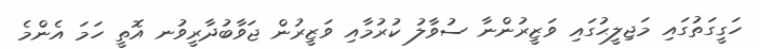
ހަގީގަތުގައި މަޖިލީޙުގައި ވަޒީރުންނާ ސުވާލު ކުރުމާއި ވަޒީރުން ޖަވާބުދާރީވުނ އޮތީ ހަމަ އެންމެ